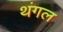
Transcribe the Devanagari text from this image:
थंगल